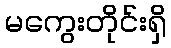
မကွေးတိုင်းရှိ